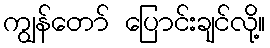
ကျွန်တော် ပြောင်းချင်လို့။